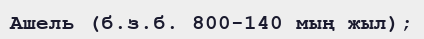
Ашель (б.з.б. 800-140 мың жыл);